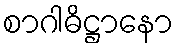
စာဂါဓိဋ္ဌာနော